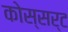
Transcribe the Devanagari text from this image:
कोस्सर्ट